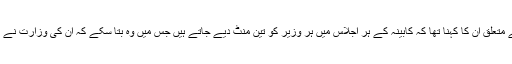
نئے نئے آئیڈیاز پر وزیراعظم کے ردعمل سے متعلق ان کا کہنا تھا کہ کابینہ کے ہر اجلاس میں ہر وزیر کو تین منٹ دیے جاتے ہیں جس میں وہ بتا سکے کہ ان کی وزارت نے عوام کی فلاح کے لیے کیا اقدامات اٹھائے ہیں۔